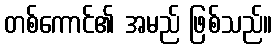
တစ်ကောင်၏ အမည် ဖြစ်သည်။